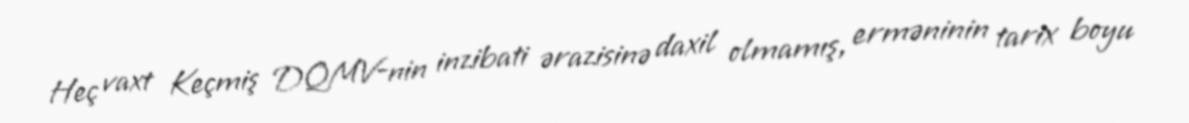
Heç vaxt Keçmiş DQMV-nin inzibati ərazisinə daxil olmamış, erməninin tarix boyu